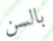
بالسن